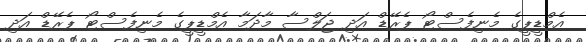
އެމްޑީޕީގެ މެނިފެސްޓޯ ޕެރޭޑް އަދި ޖަލްސާ މާދަމާ އެމްޑީޕީގެ މެނިފެސްޓޯ ޕެރޭޑް އަދި